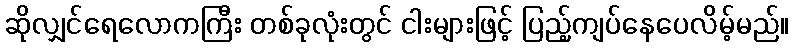
ဆိုလျှင်ရေလောကကြီး တစ်ခုလုံးတွင် ငါးများဖြင့် ပြည့်ကျပ်နေပေလိမ့်မည်။